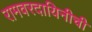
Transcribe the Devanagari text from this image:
रामवरदायिनीची